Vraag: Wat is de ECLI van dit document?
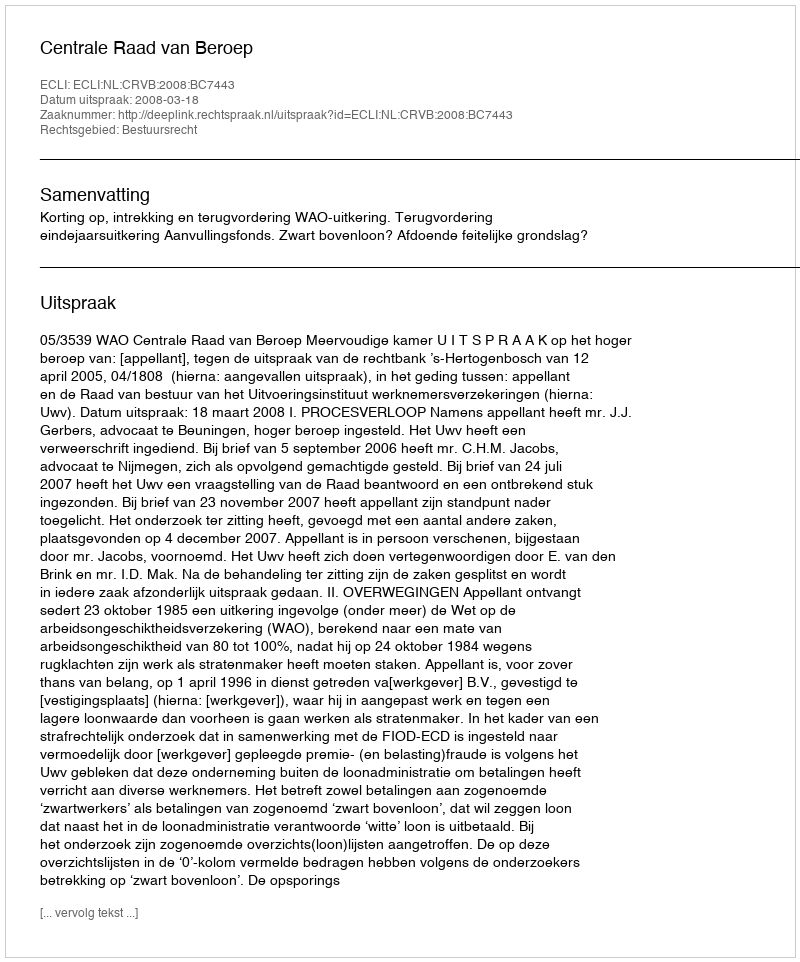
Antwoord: ECLI:NL:CRVB:2008:BC7443